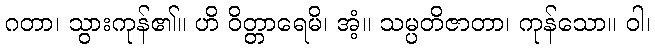
ဂတာ၊ သွားကုန်၏။ ဟိ ဝိတ္တာရေမိ၊ အံ့။ သမ္ပတိဇာတာ၊ ကုန်သော။ ဝါ၊